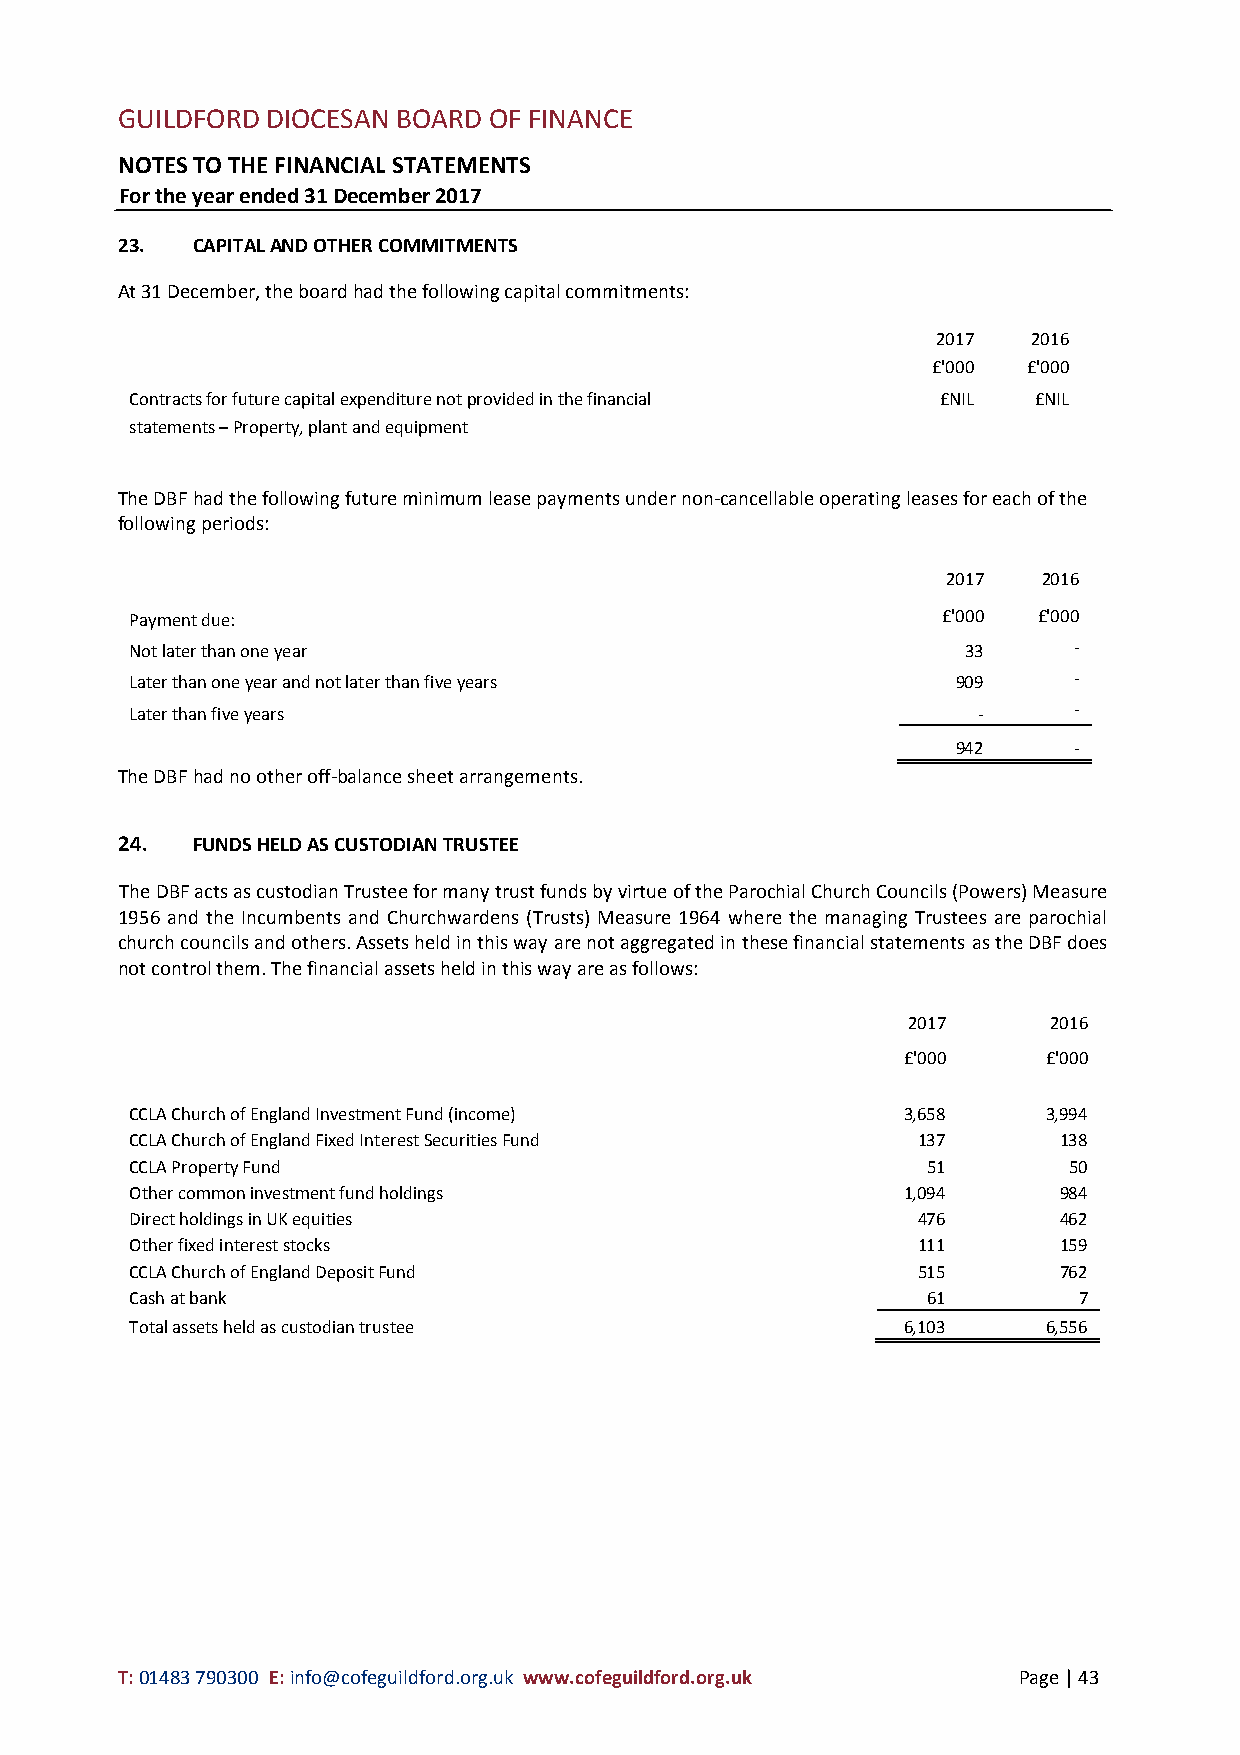
GUILDFORD DIOCESAN BOARD OF FINANCE
 NOTES TO THE FINANCIAL STATEMENTS
 For the year ended 31 December 2017
 23.  CAPITAL AND OTHER COMMITMENTS
 At 31 December, the board had the following capital commitments:
 2017  2016
 £'000 £'000
 Contracts for future capital expenditure not provided in the financial £NIL £NIL
 statements – Property, plant and equipment
 The DBF had the following future minimum lease payments under non-cancellable operating leases for each of the
 following periods:
 2017  2016
 Payment due:                                         £'000  £'000
 Not later than one year                                33     -
 Later than one year and not later than five years     909     -
 Later than five years                                   -     -
 942     -
 The DBF had no other off-balance sheet arrangements.
 24.  FUNDS HELD AS CUSTODIAN TRUSTEE
 The DBF acts as custodian Trustee for many trust funds by virtue of the Parochial Church Councils (Powers) Measure
 1956 and the Incumbents and Churchwardens (Trusts) Measure 1964 where the managing Trustees are parochial
 church councils and others. Assets held in this way are not aggregated in these financial statements as the DBF does
 not control them. The financial assets held in this way are as follows:
 2017      2016
 £'000    £'000
 CCLA Church of England Investment Fund (income)    3,658    3,994
 CCLA Church of England Fixed Interest Securities Fund 137    138
 CCLA Property Fund                                  51        50
 Other common investment fund holdings              1,094     984
 Direct holdings in UK equities                      476      462
 Other fixed interest stocks                         111      159
 CCLA Church of England Deposit Fund                 515      762
 Cash at bank                                        61        7
 Total assets held as custodian trustee             6,103    6,556
 T: 01483 790300 E: info@cofeguildford.org.uk www.cofeguildford.org.uk Page | 43